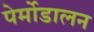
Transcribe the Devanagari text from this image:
पेर्मोडालन